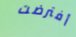
أفترضت